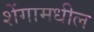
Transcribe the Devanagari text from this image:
शेंगामधील